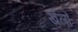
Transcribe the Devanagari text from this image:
खेलाँ